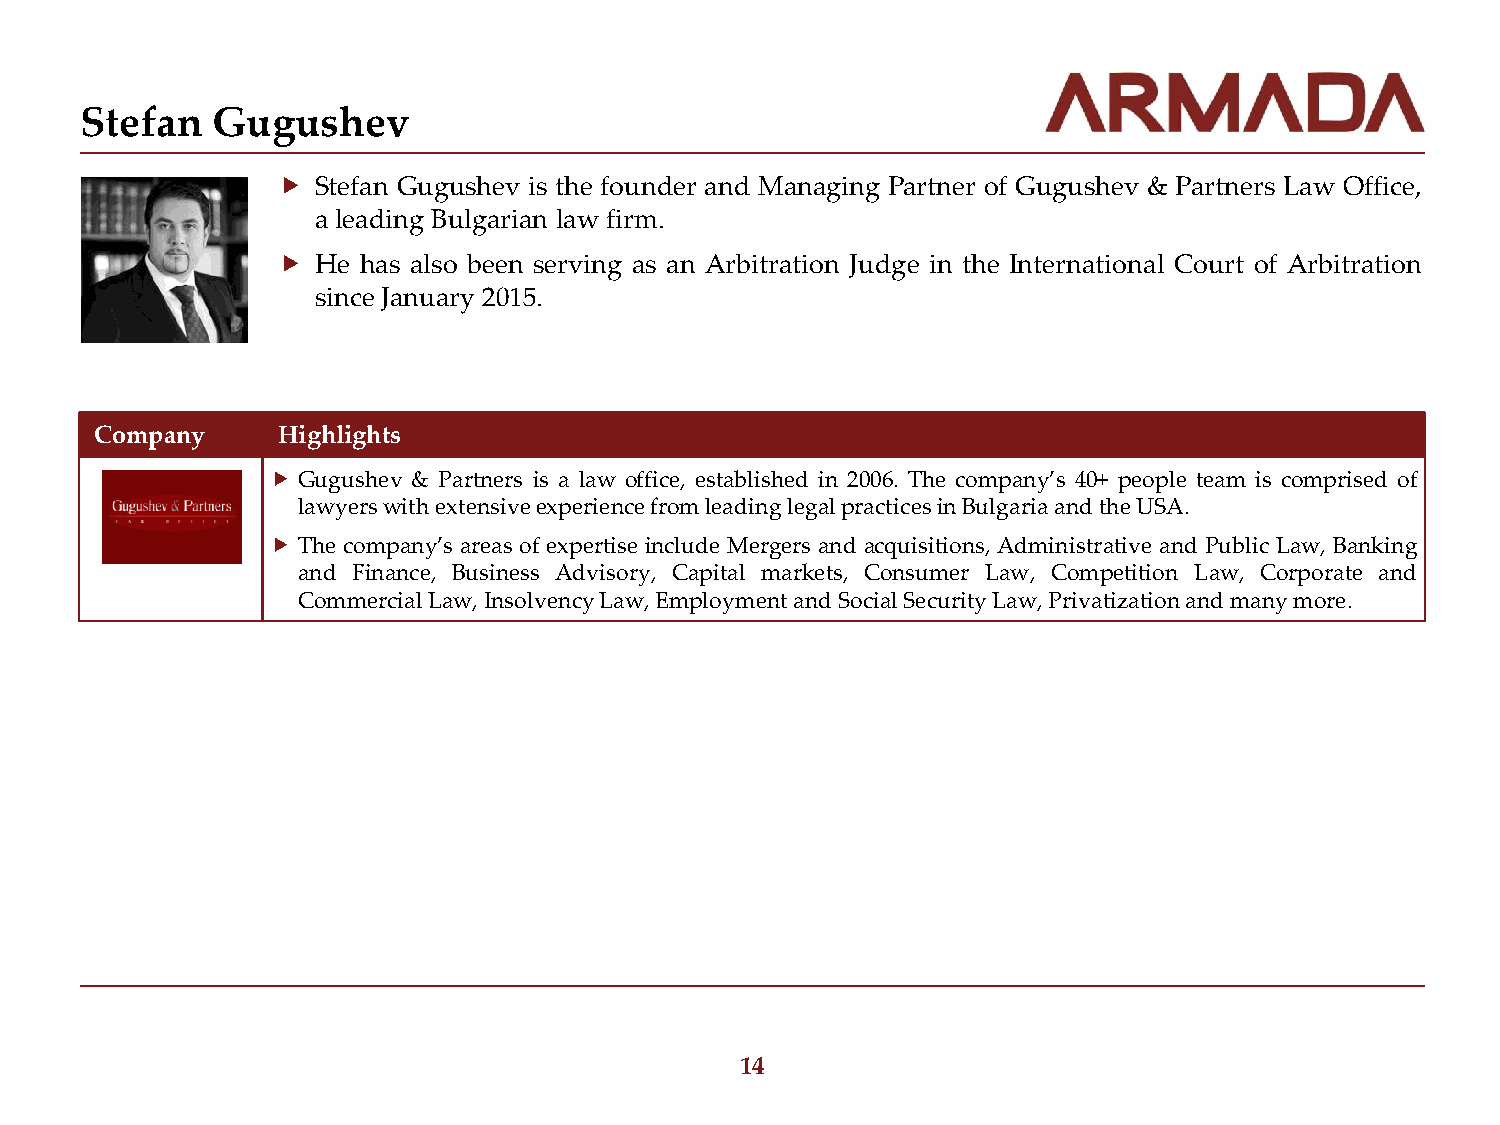
Stefan   Gugushev
   Stefan Gugushev is the founder and Managing Partner of Gugushev & Partners Law Office,
 a leading Bulgarian law firm.
   He has also been serving as an Arbitration Judge in the International Court of Arbitration
 since January 2015.
 Company     Highlights
  Gugushev & Partners is a law office, established in 2006. The company’s 40+ people team is comprised of
 lawyers with extensive experience from leading legal practices in Bulgaria and the USA.
  The company’s areas of expertise include Mergers and acquisitions, Administrative and Public Law, Banking
 and Finance, Business Advisory, Capital markets, Consumer Law, Competition Law, Corporate and
 Commercial Law, Insolvency Law, Employment and Social Security Law, Privatization and many more.
 14